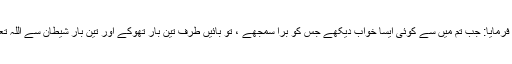
1518: سیدنا جابرؓ رسول اللہﷺ سے بیان کرتے ہیں کہ آپﷺ نے فرمایا: جب تم میں سے کوئی ایسا خواب دیکھے جس کو بُرا سمجھے ، تو بائیں طرف تین بار تھوکے اور تین بار شیطان سے اللہ تعالیٰ کی پناہ مانگے اور جس کروٹ پر لیٹا ہو، اس سے پھر جائے۔